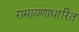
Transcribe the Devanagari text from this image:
रामायणाधारित